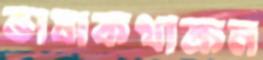
ভাষাকথাক্রম